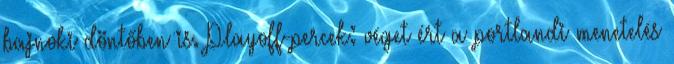
bajnoki döntőben is. Playoff-percek: véget ért a portlandi menetelés